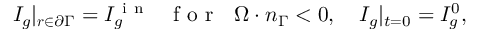
I _ { g } | _ { \boldsymbol { r } \in \partial \Gamma } = I _ { g } ^ { \mathrm { ~ i ~ n ~ } } \ \ \mathrm { ~ f ~ o ~ r ~ } \ \ \boldsymbol { \Omega } \cdot \boldsymbol { n } _ { \Gamma } < 0 , \quad I _ { g } | _ { t = 0 } = I _ { g } ^ { 0 } ,